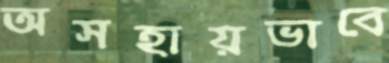
অসহায়ভাবে